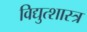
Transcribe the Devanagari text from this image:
विद्युत्शास्त्र